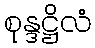
စုန္ဒဋ္ဌိလံ